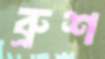
ব্রুশ